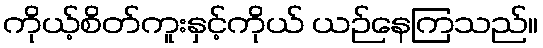
ကိုယ့်စိတ်ကူးနှင့်ကိုယ် ယဉ်နေကြသည်။